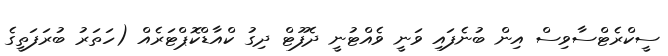
ސީކްރެޓްސާވިސް އިން ބުނެފައި ވަނީ ވެއްޓުނީ ދެފޫޓް ދިގު ކްއާޑްކޮޕްޓަރެއް (ހަތަރު ބުރަފަތީގެ